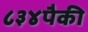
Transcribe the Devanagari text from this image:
८३४पैकी